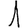
Digit: 1